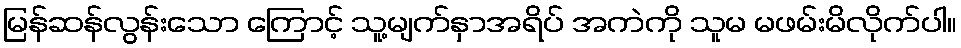
မြန်ဆန်လွန်းသော ကြောင့် သူ့မျက်နှာအရိပ် အကဲကို သူမ မဖမ်းမိလိုက်ပါ။